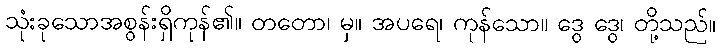
သုံးခုသောအစွန်းရှိကုန်၏။ တတော၊ မှ။ အပရေ၊ ကုန်သော။ ဒွေ ဒွေ၊ တို့သည်။